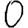
Digit: 0